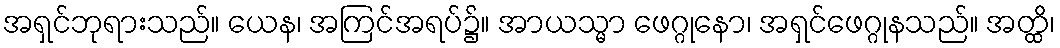
အရှင်ဘုရားသည်။ ယေန၊ အကြင်အရပ်၌။ အာယသ္မာ ဖေဂ္ဂုနော၊ အရှင်ဖေဂ္ဂုနသည်။ အတ္ထိ၊